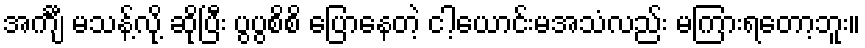
အင်္ကျီ မသန့်လို့ ဆိုပြီး ပွပွစိစိ ပြောနေတဲ့ ငါ့ယောင်းမအသံလည်း မကြားရတော့ဘူး။